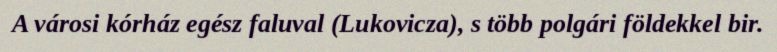
A városi kórház egész faluval (Lukovicza), s több polgári földekkel bir.